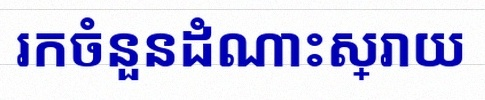
រកចំនួនដំណោះស្រាយ